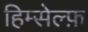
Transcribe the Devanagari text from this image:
हिम्सेल्फ़